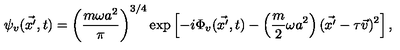
\psi _ { v } ( \vec { x ^ { \prime } } , t ) = \left( \frac { m \omega a ^ { 2 } } { \pi } \right) ^ { 3 / 4 } \exp \left[ - i \Phi _ { v } ( \vec { x ^ { \prime } } , t ) - \left( \frac { m } { 2 } \omega a ^ { 2 } \right) ( \vec { x ^ { \prime } } - \tau \vec { v } ) ^ { 2 } \right] ,